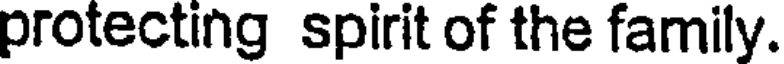
protecting spirit of the family.